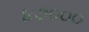
૪૭૦૦૦